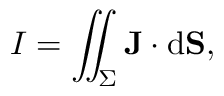
I = \iint _ { \Sigma } \mathbf { J } \cdot \mathrm { d } \mathbf { S } ,